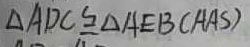
\Delta A D C \cong \Delta A E B ( A A S )